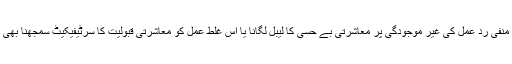
اسی طرح منفی ردِ عمل کی غیر موجودگی پر معاشرتی بے حسی کا لیبل لگانا یا اُس غلط عمل کو معاشرتی قبولیت کا سرٹیفیکیٹ سمجھنا بھی غلط ہو گا۔